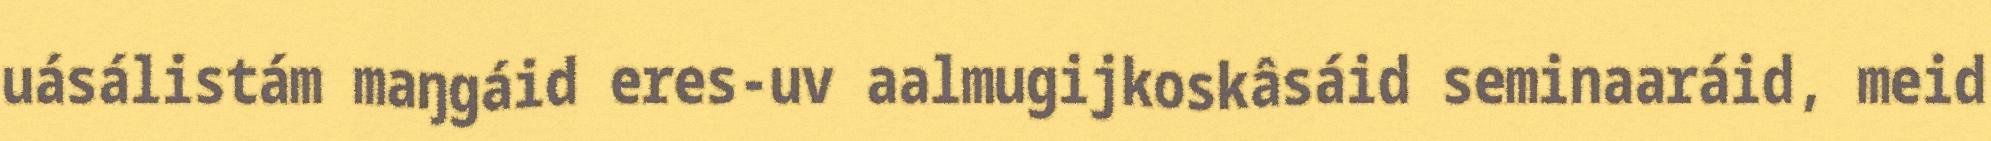
uásálistám maŋgáid eres-uv aalmugijkoskâsáid seminaaráid, meid